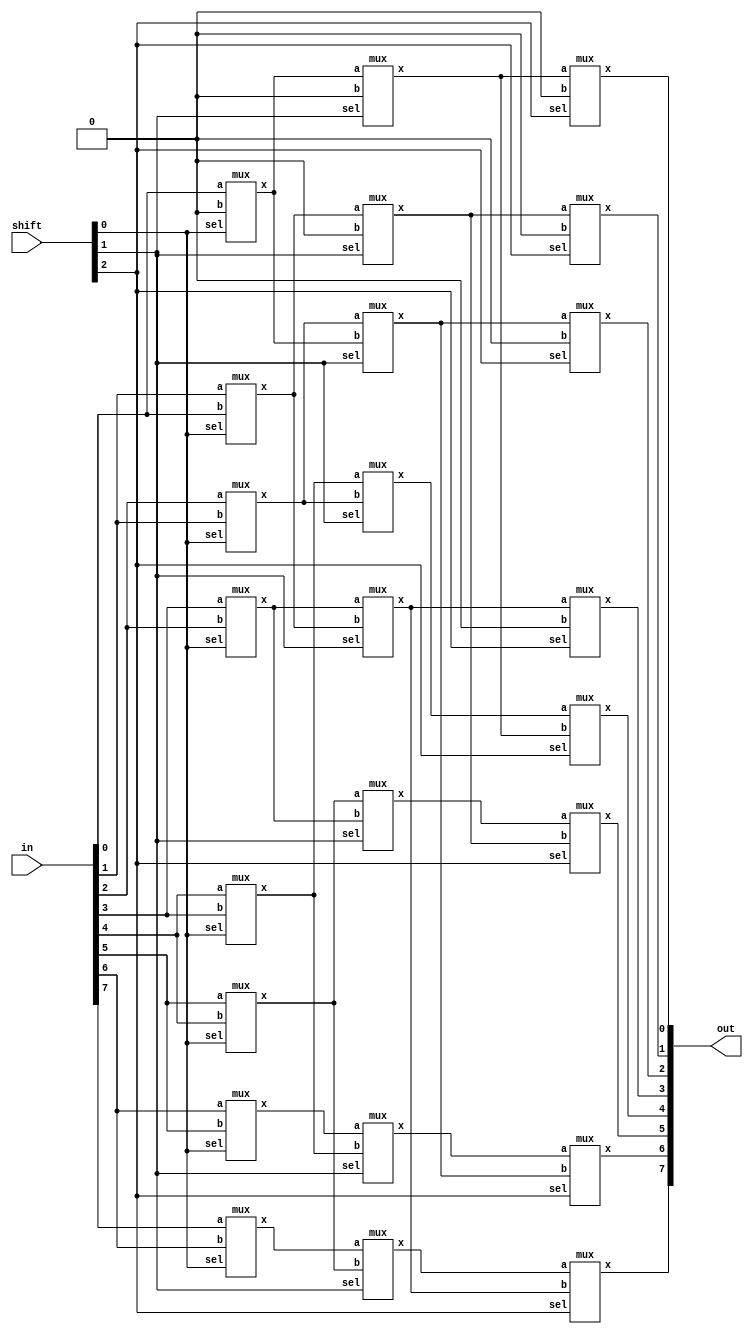
module barrel_shifter_gate(in, shift, out);
input  [7:0] in;
input  [2:0] shift;
output [7:0] out;

/*Write your code here*/
wire [7:0] x1;
wire [7:0] x2;
reg zero = 0;

mux m1_1(x1[0],in[0],zero,shift[0]);
mux m1_2(x1[1],in[1],in[0],shift[0]);
mux m1_3(x1[2],in[2],in[1],shift[0]);
mux m1_4(x1[3],in[3],in[2],shift[0]);
mux m1_5(x1[4],in[4],in[3],shift[0]);
mux m1_6(x1[5],in[5],in[4],shift[0]);
mux m1_7(x1[6],in[6],in[5],shift[0]);
mux m1_8(x1[7],in[7],in[6],shift[0]);

mux m2_1(x2[0],x1[0],zero,shift[1]);
mux m2_2(x2[1],x1[1],zero,shift[1]);
mux m2_3(x2[2],x1[2],x1[0],shift[1]);
mux m2_4(x2[3],x1[3],x1[1],shift[1]);
mux m2_5(x2[4],x1[4],x1[2],shift[1]);
mux m2_6(x2[5],x1[5],x1[3],shift[1]);
mux m2_7(x2[6],x1[6],x1[4],shift[1]);
mux m2_8(x2[7],x1[7],x1[5],shift[1]);

mux m4_1(out[0],x2[0],zero,shift[2]);
mux m4_2(out[1],x2[1],zero,shift[2]);
mux m4_3(out[2],x2[2],zero,shift[2]);
mux m4_4(out[3],x2[3],zero,shift[2]);
mux m4_5(out[4],x2[4],x2[0],shift[2]);
mux m4_6(out[5],x2[5],x2[1],shift[2]);
mux m4_7(out[6],x2[6],x2[2],shift[2]);
mux m4_8(out[7],x2[7],x2[3],shift[2]);


/*End of code*/
endmodule

module mux (x,a,b,sel);
input 	a,b,sel;
output 	x;
wire sel_i,w1,w2;

not #1 n0(sel_i,sel);
and #1 a1(w1,a,sel_i);
and #1 a2(w2,b,sel);
or  #1 o1(x,w1,w2);

	
endmodule